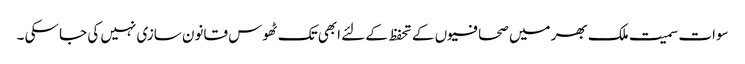
سوات سمیت ملک بھر میں صحافیوں کے تحفظ کے لئے ابھی تک ٹھوس قانون سازی نہیں کی جا سکی ۔